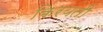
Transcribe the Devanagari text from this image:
किरयती